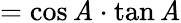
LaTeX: =\cos\mathit{A}\cdot\tan\mathit{A}